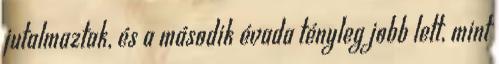
jutalmaztak, és a második évada tényleg jobb lett, mint